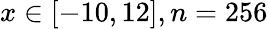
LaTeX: x\in\left[-10,12\right],n=256